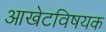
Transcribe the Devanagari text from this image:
आखेटविषयक